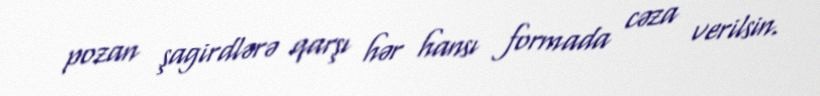
pozan şagirdlərə qarşı hər hansı formada cəza verilsin.